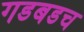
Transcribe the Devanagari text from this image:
गडबडच